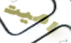
رميت